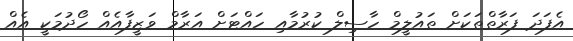
އެފަދަ ފަރާތްތަކަށް ތައުލީމް ހާސިލް ކުރުމާއި ހައްޓަށް އަރާމް ވަޒީފާއެއް ހޯދުމަކީ އެއް